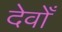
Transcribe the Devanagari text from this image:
देवोँ